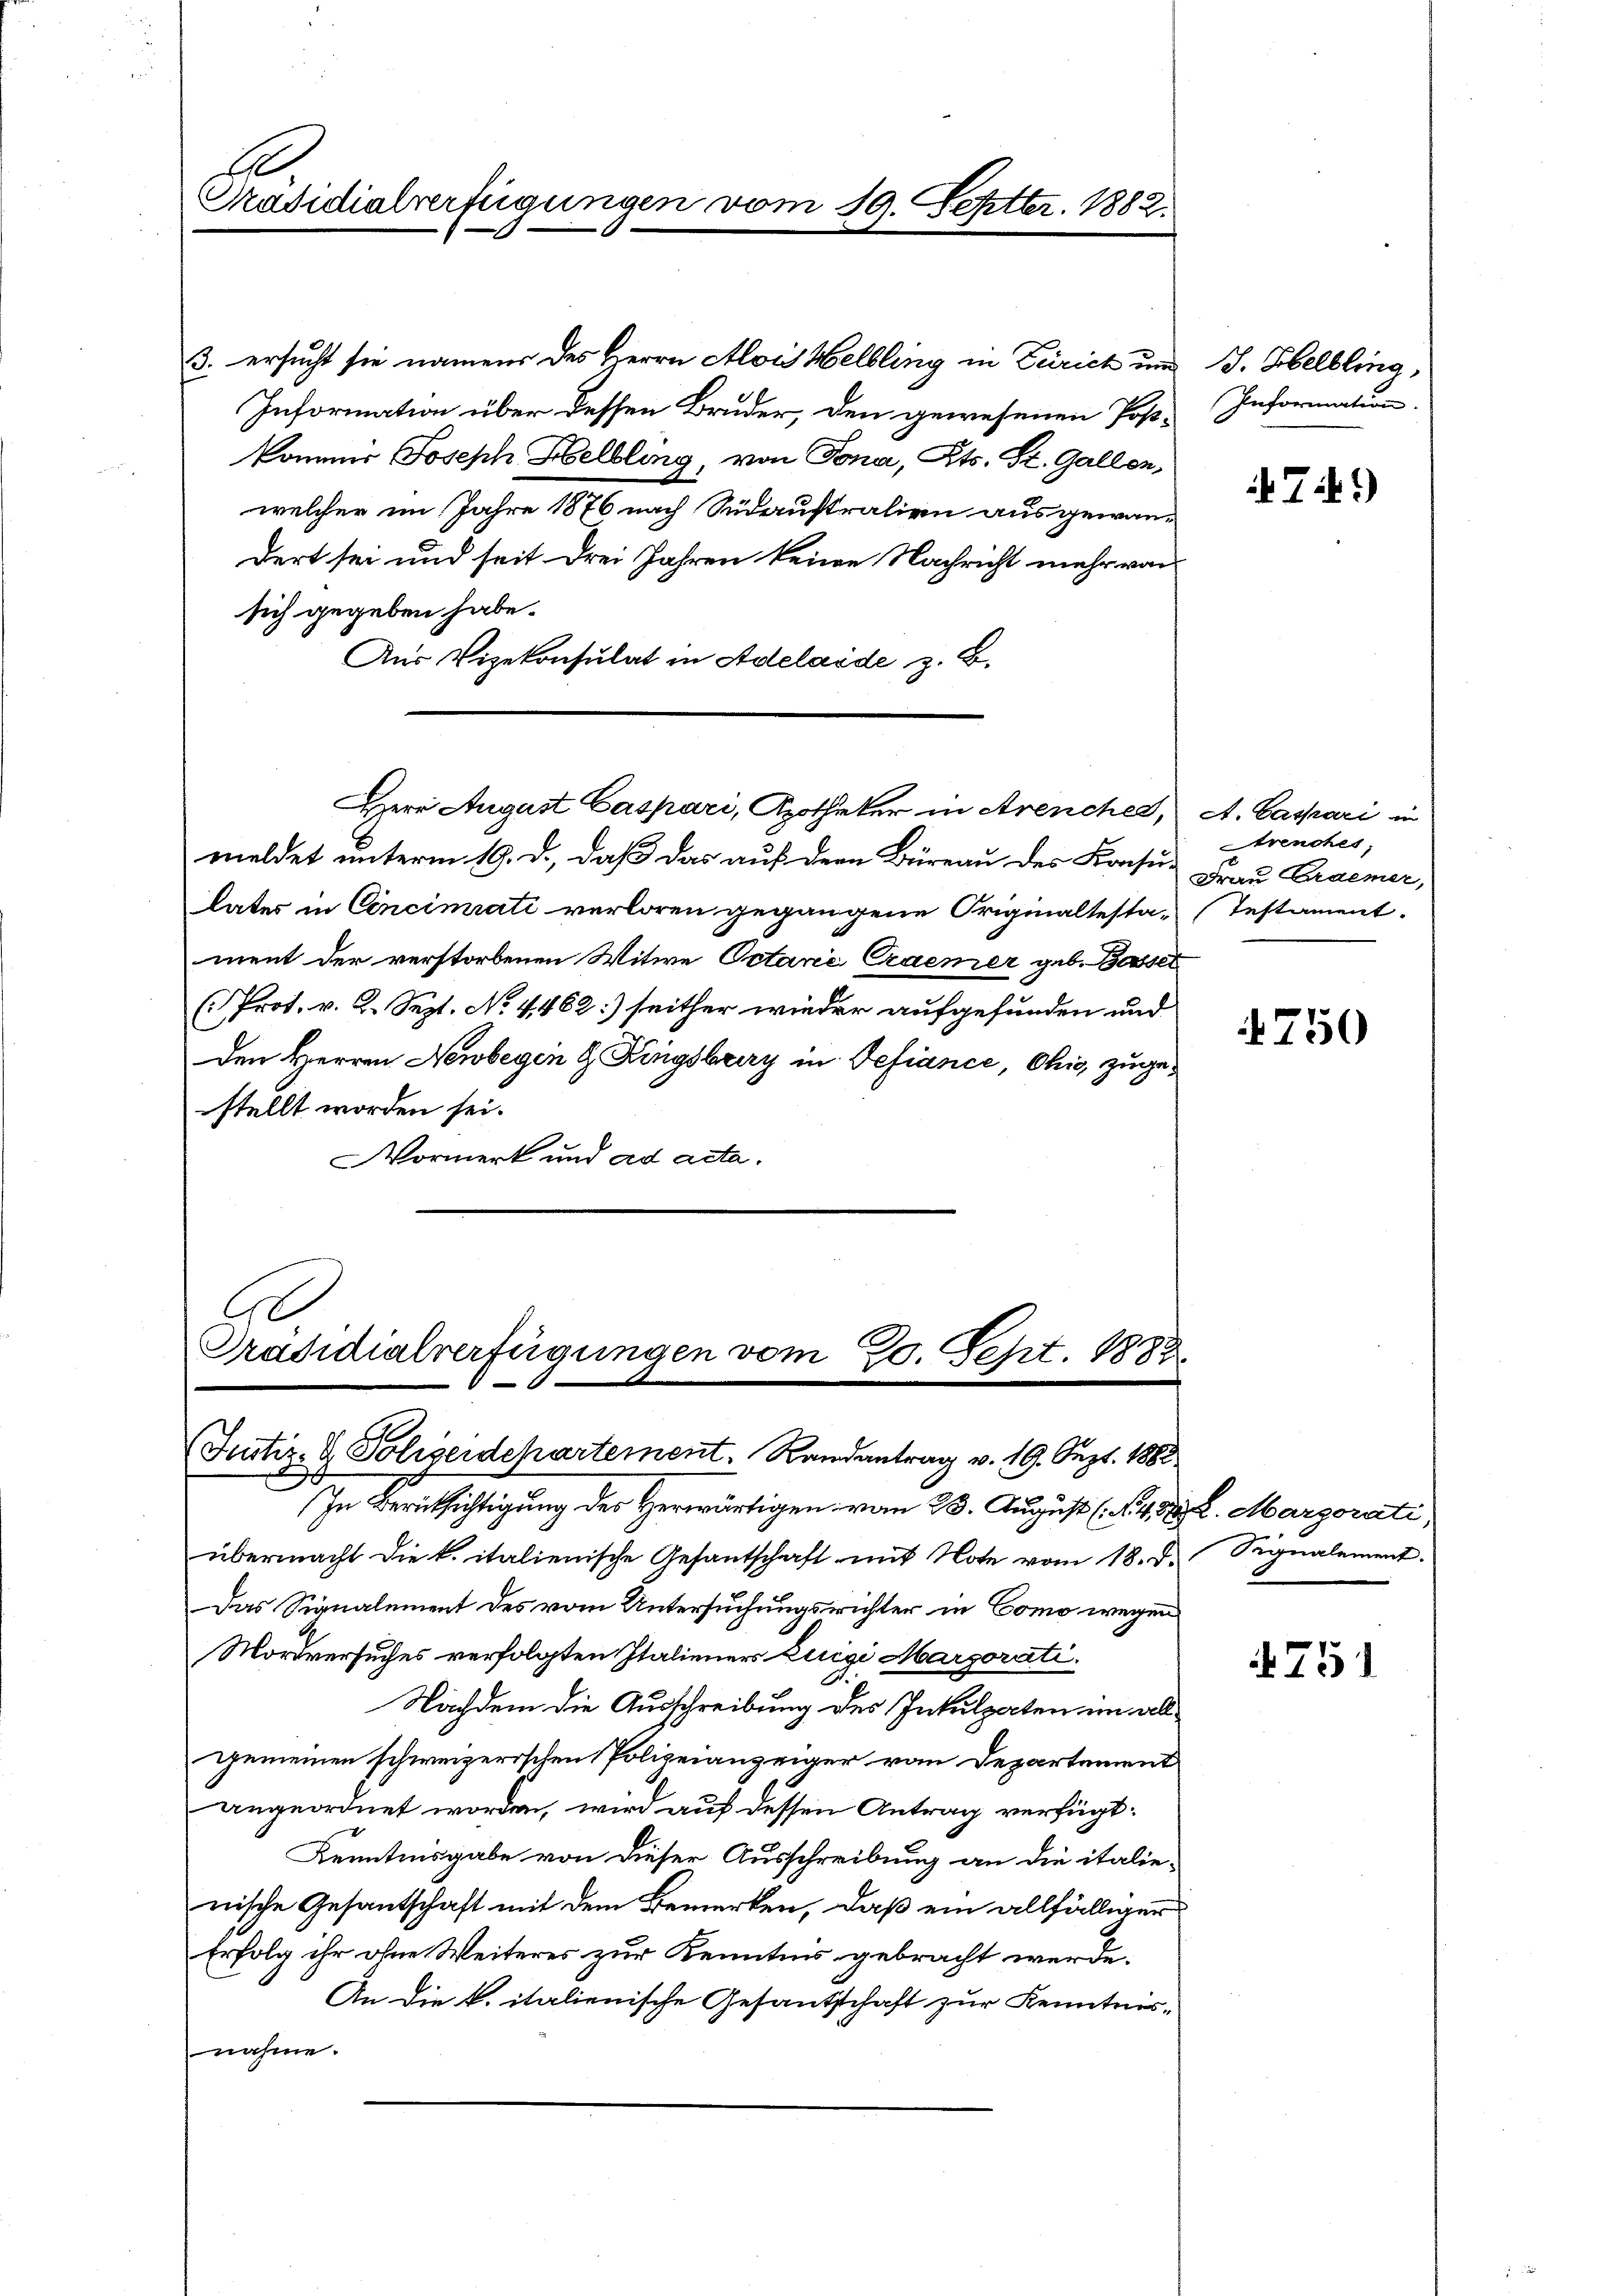
A
Präsidialverfügungen vom 19. Septbr. 1882.

Herr August Caspari, Apotheker in Arencher, A. Caspari in

3. ersucht sie namens des Herrn Alois Helbling in Zürich und J. Helbling,
Information über dessen Bruder, den gewesenen Post-Information
kommer Joseph Helbling, von Tona, Kts. St. Gallen,
welcher im Jahre 1876 nach Südaustralien ausgewan-
dert sei und seit drei Jahren keine Nachricht mehr von
sich gegeben habe.
Aus Vizekonsulat in Adelaide z. B.
meldet unterm 19. d., daß das auf der Büreau des Konsu- Frau Cramer,
lates in Cincimrati verloren gegangene Originaltesta-Testament.
ment der verstorbenen Witwe Oetarié Craemer geb. Bassel
( Prot. v. 2. Sept. No. 4462:) seither wieder aufgefunden und
den Herren Newbegen & Ringsbriry in Defiance, Ohio, zugestellt worden sei.
Vormerk und ad acta.
A

Präsidialverfügungen vom 20. Sept. 188
Justiz- & Polizeidepartement. Randantrag v. 19. Sept. 1888

In Berücksichtigung des Herwärtigen vom 23. August (S. 488. L. Marzorati
übermacht die k. italienische Gesantschaft mit Note vom 18. d. Signalement.
Das Signalement des vom Untersuchungsrichter in Como wegen
Mordversuches verfolgten Italieners Luigi Marporati¬
Nachdem die Ausschreibung des Inkulpaten um wel
gemeinen schweizerischen Polizeianzeiger von Departement
angeordnet worden, wird auf dessen Antrag verfügt:
Kenntnisgabe von dieser Ausschreibung an die italie-
nische Gesantschaft mit dem Bemerken, daß ein allfälliger
Erfolg ihr ohne Weiteres zur Kenntnis gebracht werde.
An die k. italienische Gesantschaft zur Kenntnisnahme.

749)

Strenches,

750

251